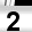
Digit: 2